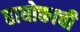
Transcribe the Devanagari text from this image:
हाघोक्ताची